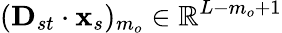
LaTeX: (\mathbf{D}_{st}\cdot\mathbf{x}_{s})_{m_{o}}\in\mathbb{R}^{L-m_{o}+1}